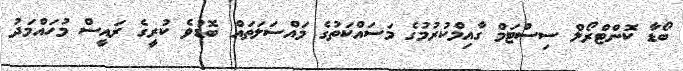
ބޯޑާ ކޮންޓްރޯލް ސިސްޓަމް ގާއިމްކުރުމުގެ މަސައްކަތުގެ މައްސަލަތައް ބޮޑުވެ ކުރީގެ ރައީސް މުހައްމަދު